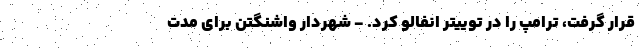
قرار گرفت، ترامپ را در توییتر انفالو کرد. - شهردار واشنگتن برای مدت